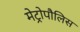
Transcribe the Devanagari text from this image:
मेट्रोपौलिस